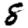
Digit: 8